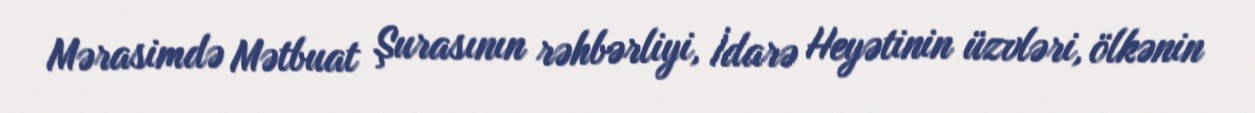
Mərasimdə Mətbuat Şurasının rəhbərliyi, İdarə Heyətinin üzvləri, ölkənin